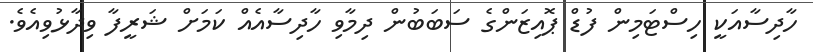
ހާދިސާއަކީ ހިސްޓަމިން ފުޑް ޕޮއިޒަންގެ ސަބަބުން ދިމާވި ހާދިސާއެއް ކަމަށް ޝަރީފާ ވިދާޅުވިއެވެ.